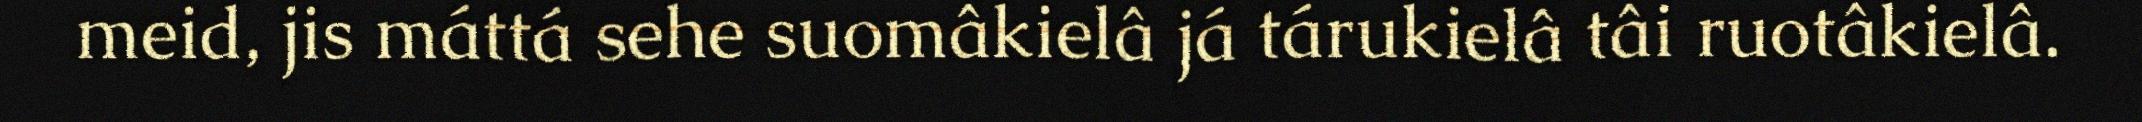
meid, jis máttá sehe suomâkielâ já tárukielâ tâi ruotâkielâ.